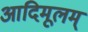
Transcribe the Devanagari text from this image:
आदिमूलम्